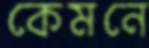
কেমনে